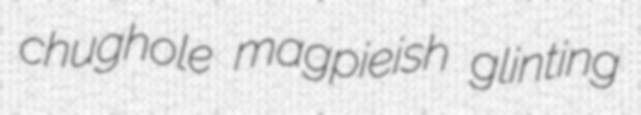
chughole magpieish glinting